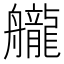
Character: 𦪽